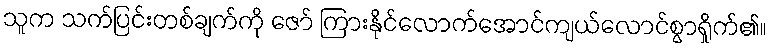
သူက သက်ပြင်းတစ်ချက်ကို ဇော် ကြားနိုင်လောက်အောင်ကျယ်လောင်စွာရှိုက်၏။